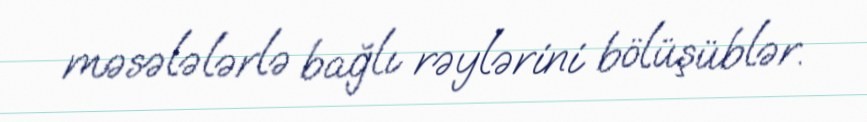
məsələlərlə bağlı rəylərini bölüşüblər.